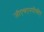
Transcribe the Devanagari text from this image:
जीएचएनपीसीए